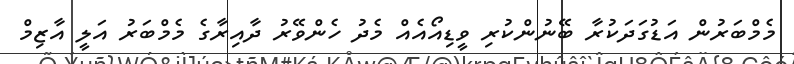
މެމްބަރުން އަޑުގަދަކުރާ ބޭނުންކުރި ވީޑިއޯއެއް މެދު ހެންވޭރު ދާއިރާގެ މެމްބަރު އަލީ އާޒިމް